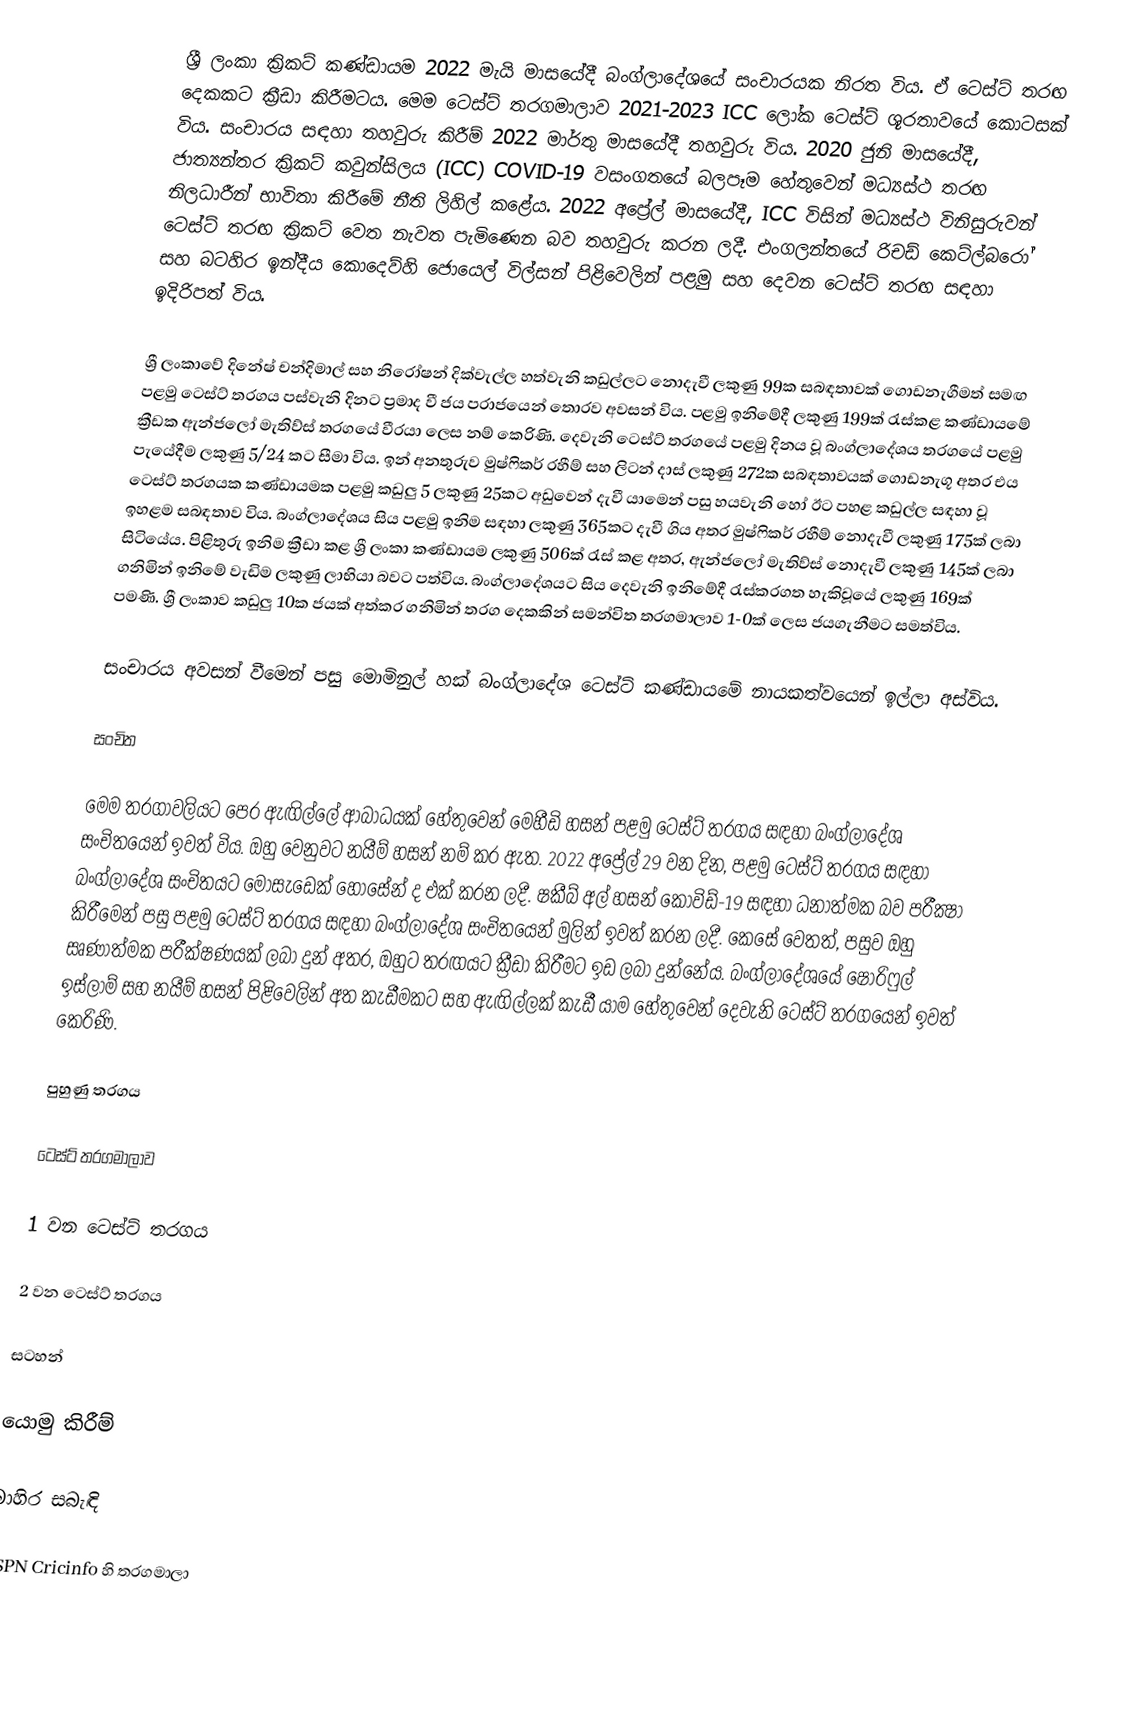
ශ්‍රී ලංකා ක්‍රිකට් කණ්ඩායම 2022 මැයි මාසයේදී බංග්ලාදේශයේ සංචාරයක නිරත විය. ඒ ටෙස්ට් තරඟ දෙකකට ක්‍රීඩා කිරීමටය. මෙම ටෙස්ට් තරගමාලාව 2021-2023 ICC ලෝක ටෙස්ට් ශූරතාවයේ කොටසක් විය. සංචාරය සඳහා තහවුරු කිරීම් 2022 මාර්තු මාසයේදී තහවුරු විය. 2020 ජුනි මාසයේදී, ජාත්‍යන්තර ක්‍රිකට් කවුන්සිලය (ICC) COVID-19 වසංගතයේ බලපෑම හේතුවෙන් මධ්‍යස්ථ තරඟ නිලධාරීන් භාවිතා කිරීමේ නීති ලිහිල් කළේය. 2022 අප්‍රේල් මාසයේදී, ICC විසින් මධ්‍යස්ථ විනිසුරුවන් ටෙස්ට් තරඟ ක්‍රිකට් වෙත නැවත පැමිණෙන බව තහවුරු කරන ලදී. එංගලන්තයේ රිචඩ් කෙට්ල්බරෝ සහ බටහිර ඉන්දීය කොදෙව්හි ජොයෙල් විල්සන් පිළිවෙලින් පළමු සහ දෙවන ටෙස්ට් තරඟ සඳහා ඉදිරිපත් විය.

ශ්‍රී ලංකාවේ දිනේෂ් චන්දිමාල් සහ නිරෝෂන් දික්වැල්ල හත්වැනි කඩුල්ලට නොදැවී ලකුණු 99ක සබඳතාවක් ගොඩනැගීමත් සමඟ පළමු ටෙස්ට් තරගය පස්වැනි දිනට ප්‍රමාද වී ජය පරාජයෙන් තොරව අවසන් විය. පළමු ඉනිමේදී ලකුණු 199ක් රැස්කළ කණ්ඩායමේ ක්‍රීඩක ඇන්ජලෝ මැතිව්ස් තරගයේ වීරයා ලෙස නම් කෙරිණි. දෙවැනි ටෙස්ට් තරගයේ පළමු දිනය වූ බංග්ලාදේශය තරගයේ පළමු පැයේදීම ලකුණු 5/24 කට සීමා විය. ඉන් අනතුරුව මුෂ්ෆිකර් රහීම් සහ ලිටන් දාස් ලකුණු 272ක සබඳතාවයක් ගොඩනැගූ අතර එය ටෙස්ට් තරගයක කණ්ඩායමක පළමු කඩුලු 5 ලකුණු 25කට අඩුවෙන් දැවී යාමෙන් පසු හයවැනි හෝ ඊට පහළ කඩුල්ල සඳහා වූ ඉහළම සබඳතාව විය. බංග්ලාදේශය සිය පළමු ඉනිම සඳහා ලකුණු 365කට දැවී ගිය අතර මුෂ්ෆිකර් රහීම් නොදැවී ලකුණු 175ක් ලබා සිටියේය. පිළිතුරු ඉනිම ක්‍රීඩා කළ ශ්‍රී ලංකා කණ්ඩායම ලකුණු 506ක් රැස් කළ අතර, ඇන්ජලෝ මැතිව්ස් නොදැවී ලකුණු 145ක් ලබා ගනිමින් ඉනිමේ වැඩිම ලකුණු ලාභියා බවට පත්විය. බංග්ලාදේශයට සිය දෙවැනි ඉනිමේදී රැස්කරගත හැකිවූයේ ලකුණු 169ක් පමණි. ශ්‍රී ලංකාව කඩුලු 10ක ජයක් අත්කර ගනිමින් තරග දෙකකින් සමන්විත තරගමාලාව 1-0ක් ලෙස ජයගැනීමට සමත්විය.

සංචාරය අවසන් වීමෙන් පසු මොමිනුල් හක් බංග්ලාදේශ ටෙස්ට් කණ්ඩායමේ නායකත්වයෙන් ඉල්ලා අස්විය.

සංචිත

මෙම තරගාවලියට පෙර ඇඟිල්ලේ ආබාධයක් හේතුවෙන් මෙහීඩි හසන් පළමු ටෙස්ට් තරගය සඳහා බංග්ලාදේශ සංචිතයෙන් ඉවත් විය. ඔහු වෙනුවට නයීම් හසන් නම් කර ඇත. 2022 අප්‍රේල් 29 වන දින, පළමු ටෙස්ට් තරගය සඳහා බංග්ලාදේශ සංචිතයට මොසැඩෙක් හොසේන් ද එක් කරන ලදී. ෂකීබ් අල් හසන් කොවිඩ්-19 සඳහා ධනාත්මක බව පරීක්‍ෂා කිරීමෙන් පසු පළමු ටෙස්ට් තරගය සඳහා බංග්ලාදේශ සංචිතයෙන් මුලින් ඉවත් කරන ලදී. කෙසේ වෙතත්, පසුව ඔහු සෘණාත්මක පරීක්ෂණයක් ලබා දුන් අතර, ඔහුට තරඟයට ක්‍රීඩා කිරීමට ඉඩ ලබා දුන්නේය. බංග්ලාදේශයේ ෂොරිෆුල් ඉස්ලාම් සහ නයීම් හසන් පිළිවෙලින් අත කැඩීමකට සහ ඇඟිල්ලක් කැඩී යාම හේතුවෙන් දෙවැනි ටෙස්ට් තරගයෙන් ඉවත් කෙරිණි.

පුහුණු තරගය

ටෙස්ට් තරගමාලාව

1 වන ටෙස්ට් තරගය

2 වන ටෙස්ට් තරගය

සටහන්

යොමු කිරීම්

බාහිර සබැඳි

 ESPN Cricinfo හි තරගමාලා